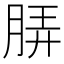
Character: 𬚼